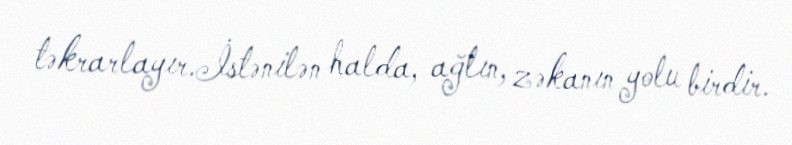
təkrarlayır.İstənilən halda, ağlın, zəkanın yolu birdir.